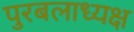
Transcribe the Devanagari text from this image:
पुरबलाध्यक्ष